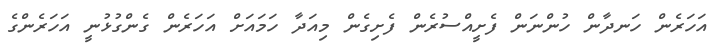
އަހަރެން ހަނދާން ހުންނަން ފެށީއްސުރެން ފެށިގެން މިއަދާ ހަމައަށް އަހަރެން ގެންގުޅުނީ އަހަރެންގެ